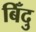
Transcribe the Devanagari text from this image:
बिँदु